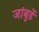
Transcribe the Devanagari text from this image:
जांबुर्डे